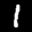
Label: 1